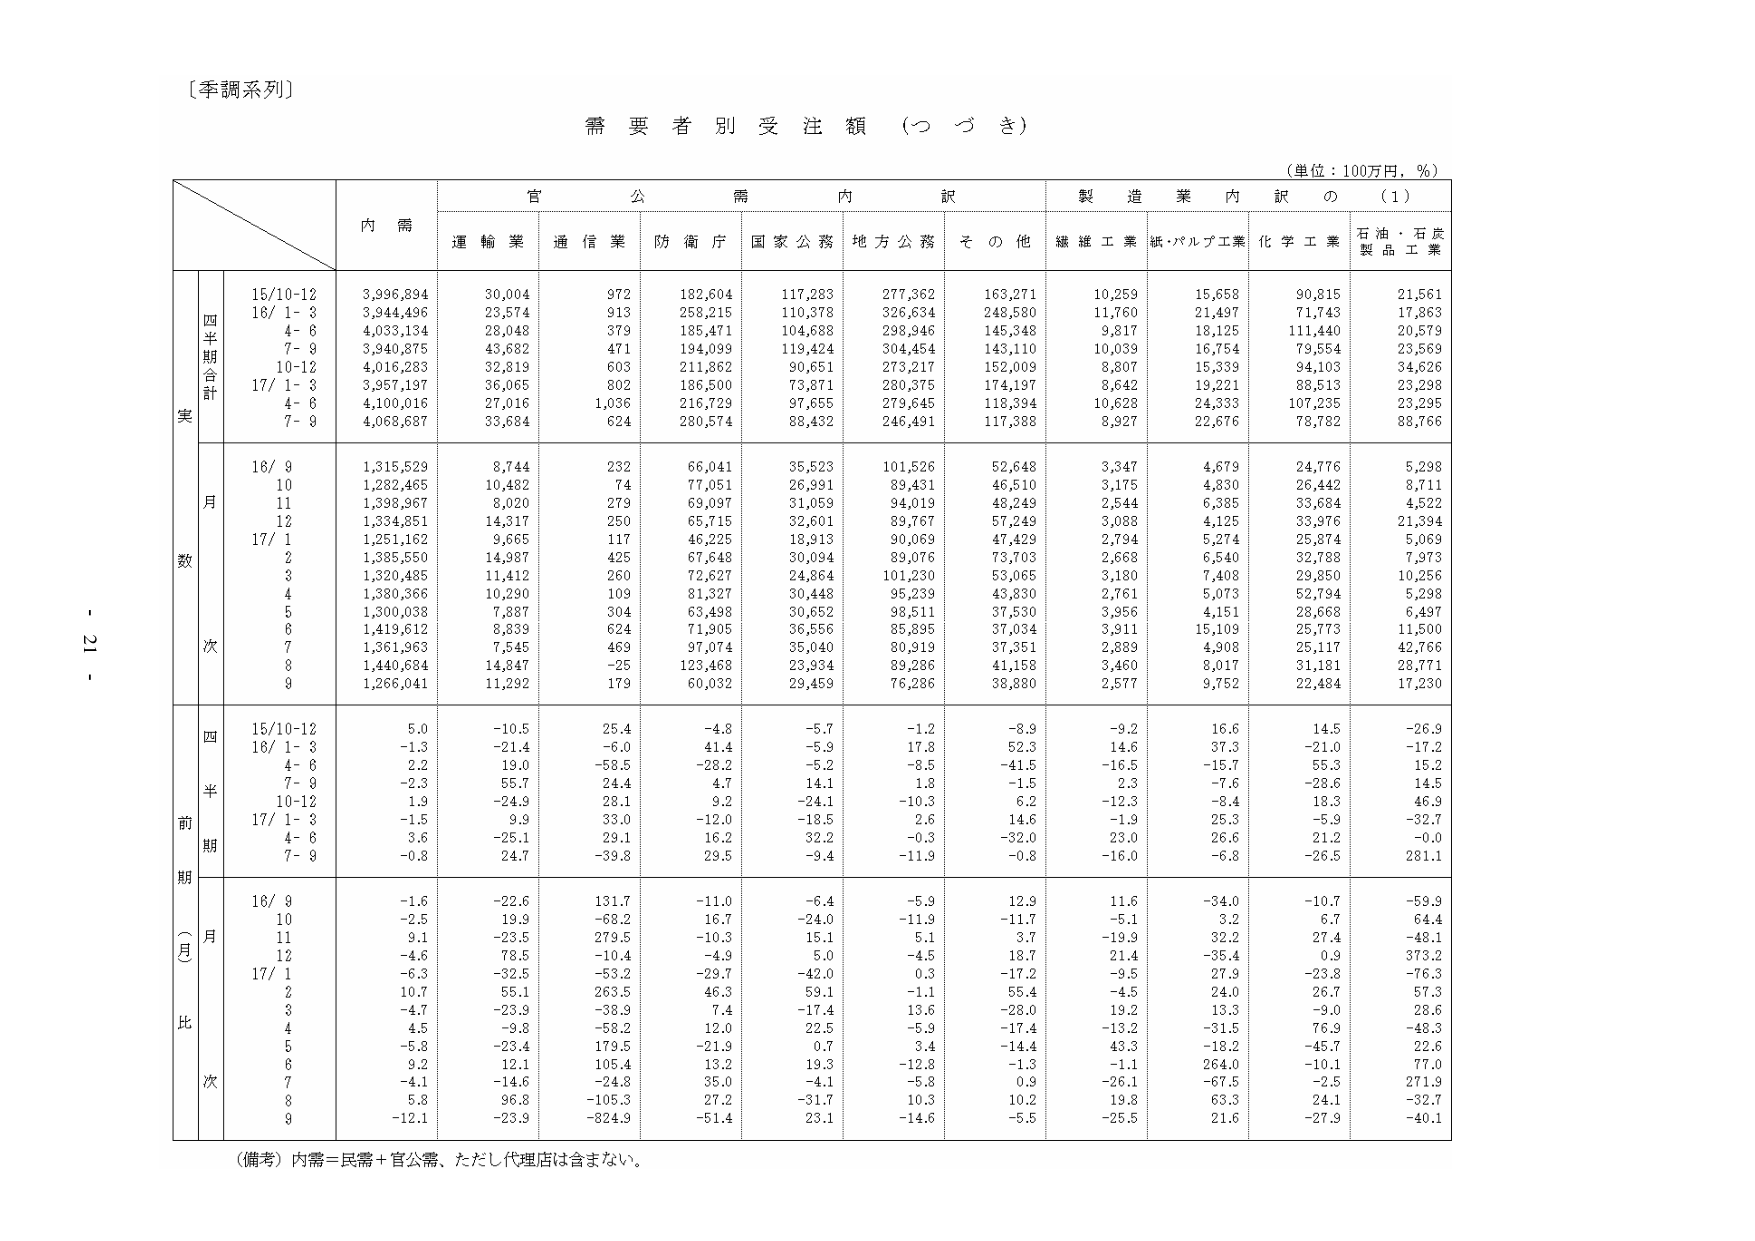
〔季調系列〕

需要者別受注額（つづき）

（単位：100万円，％）